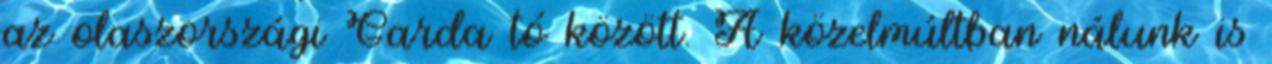
az olaszországi Garda tó között. A közelmúltban nálunk is